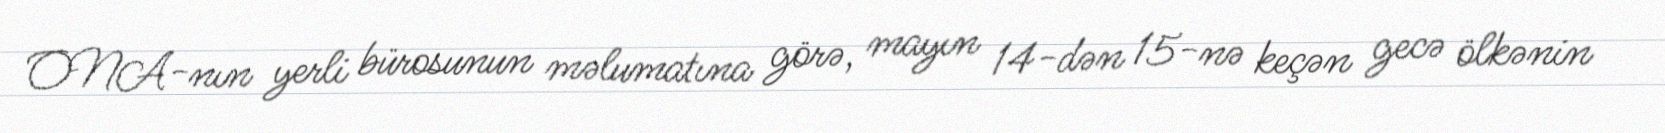
ONA-nın yerli bürosunun məlumatına görə, mayın 14-dən 15-nə keçən gecə ölkənin